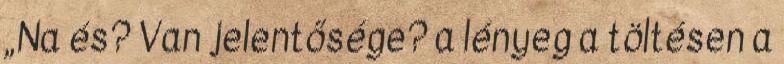
„Na és? Van jelentősége? a lényeg a töltésen a